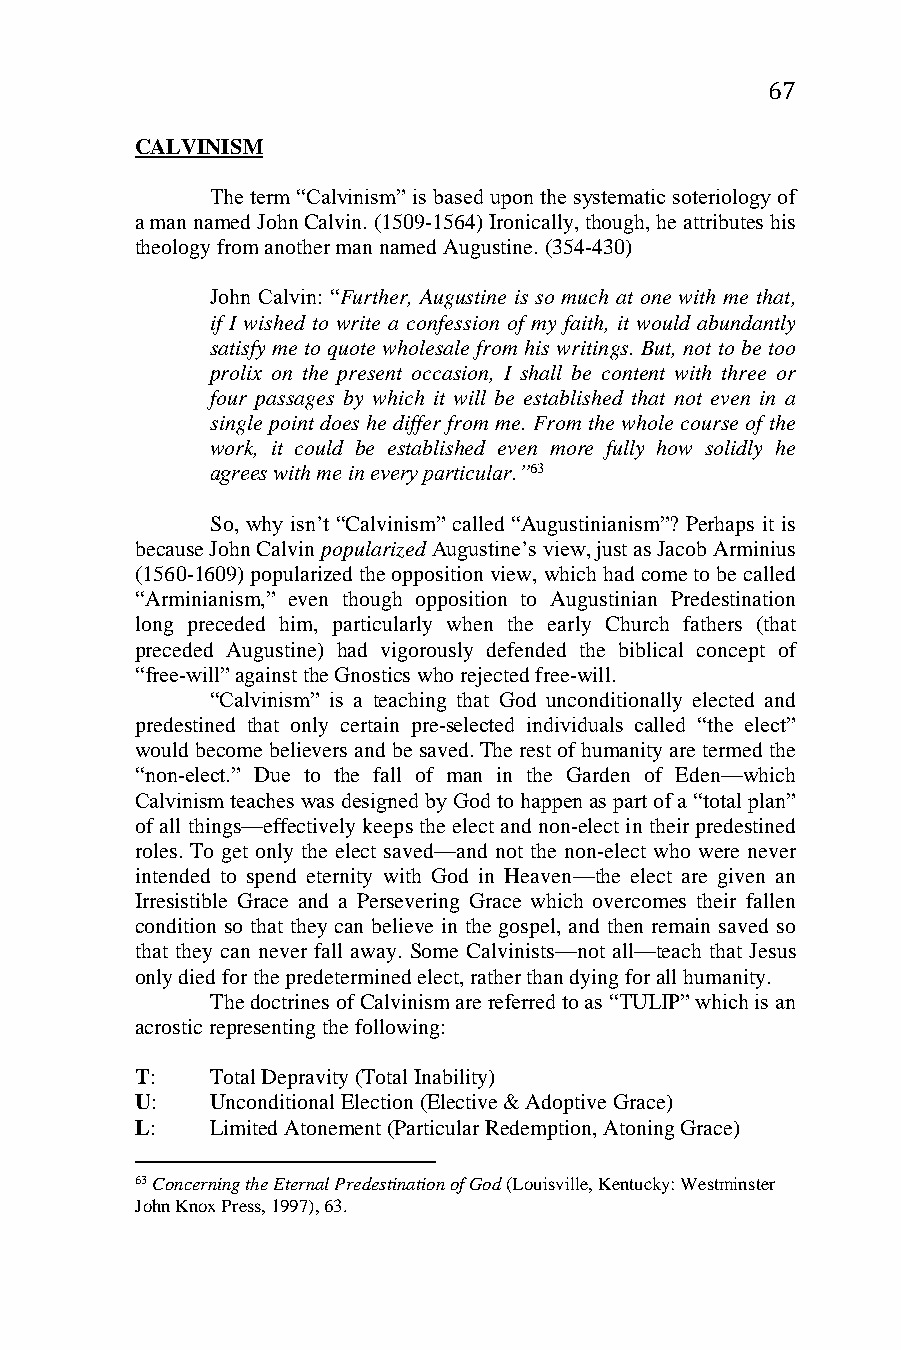
67
 CALVINISM
 The term “Calvinism” is based upon the systematic soteriology of
 a man named John Calvin. (1509-1564) Ironically, though, he attributes his
 theology from another man named Augustine. (354-430)
 John Calvin: “Further, Augustine is so much at one with me that,
 if I wished to write a confession of my faith, it would abundantly
 satisfy me to quote wholesale from his writings. But, not to be too
 prolix on the present occasion, I shall be content with three or
 four passages by which it will be established that not even in a
 single point does he differ from me. From the whole course of the
 work, it could be established even more fully how solidly he
 agrees with me in every particular.”63
 So, why isn’t “Calvinism” called “Augustinianism”? Perhaps it is
 because John Calvin popularized Augustine’s view, just as Jacob Arminius
 (1560-1609) popularized the opposition view, which had come to be called
 “Arminianism,” even though opposition to Augustinian Predestination
 long preceded him, particularly when the early Church fathers (that
 preceded Augustine) had vigorously defended the biblical concept of
 “free-will” against the Gnostics who rejected free-will.
 “Calvinism” is a teaching that God unconditionally elected and
 predestined that only certain pre-selected individuals called “the elect”
 would become believers and be saved. The rest of humanity are termed the
 “non-elect.” Due to the fall of man in the Garden of Eden—which
 Calvinism teaches was designed by God to happen as part of a “total plan”
 of all things—effectively keeps the elect and non-elect in their predestined
 roles. To get only the elect saved—and not the non-elect who were never
 intended to spend eternity with God in Heaven—the elect are given an
 Irresistible Grace and a Persevering Grace which overcomes their fallen
 condition so that they can believe in the gospel, and then remain saved so
 that they can never fall away. Some Calvinists—not all—teach that Jesus
 only died for the predetermined elect, rather than dying for all humanity.
 The doctrines of Calvinism are referred to as “TULIP” which is an
 acrostic representing the following:
 T:   Total Depravity (Total Inability)
 U:   Unconditional Election (Elective & Adoptive Grace)
 L:   Limited Atonement (Particular Redemption, Atoning Grace)
 63 Concerning the Eternal Predestination of God (Louisville, Kentucky: Westminster
 John Knox Press, 1997), 63.